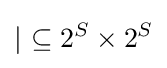
\mid \ \subseteq 2^{S}\times 2^{S}